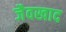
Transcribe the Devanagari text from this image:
जैवखाद